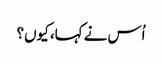
اُس نے کہا، کیوں؟